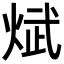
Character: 𪸵